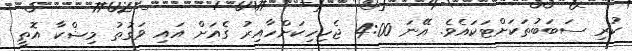
ކުރި ސަބަބުތަކަށްޓަކައެވެ. އޭނަ 4:00 ޖެހިހިކަށްހާއިރު ގެއަށް އައި ވަގުތު މިޝްކާ އޮތީ